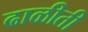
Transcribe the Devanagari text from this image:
ढाळीती